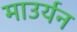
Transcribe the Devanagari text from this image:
माउर्यन